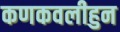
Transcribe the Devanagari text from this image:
कणकवलीहुन